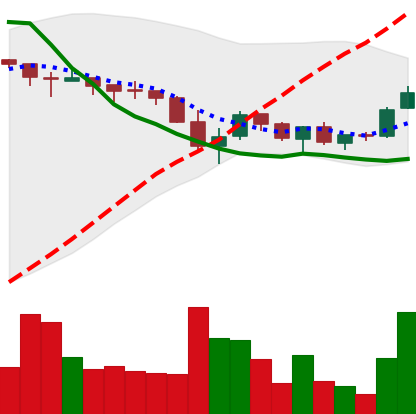
Ticker: TRX-USD
Chart end date: 2018-05-21
Forward return: -11.1875%
Label: down_7plus